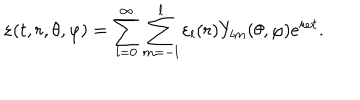
\varepsilon ( t , r , \theta , \varphi ) = \sum _ { l = 0 } ^ { \infty } \sum _ { m = - l } ^ { l } \varepsilon _ { l } ( r ) Y _ { l m } ( \theta , \varphi ) e ^ { i \omega t } .